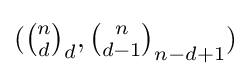
({\tbinom {n}{d}}_{d},{\tbinom {n}{d-1}}_{n-d+1})